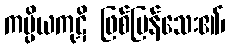
ကပ္ပိယကုဋိ ဖြစ်ပြန်သေး၏၊